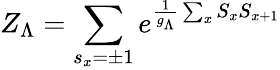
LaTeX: Z_{\Lambda}=\sum_{s_{x}=\pm 1}e^{\frac{1}{g_{\Lambda}}\sum_{x}S_{x}S_{x+1}}